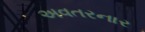
અવતરનાર